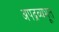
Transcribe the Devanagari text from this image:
अपद्रव्यभूत